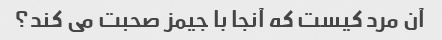
آن مرد کیست که آنجا با جیمز صحبت می کند؟